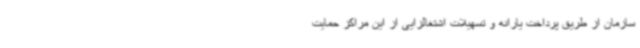
سازمان از طریق پرداخت یارانه و تسهیلات اشتغالزایی از این مراکز حمایت